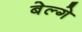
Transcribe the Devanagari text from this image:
बेल्गे